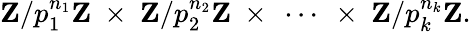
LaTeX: \mathbf{Z}/p_{1}^{n_{1}}\mathbf{Z}\ \times\ \mathbf{Z}/p_{2}^{n_{2}}\mathbf{Z}\ \times\ \cdots\ \times\ \mathbf{Z}/p_{k}^{n_{k}}\mathbf{Z}.